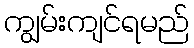
ကျွမ်းကျင်ရမည်